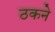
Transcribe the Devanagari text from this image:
ठकने